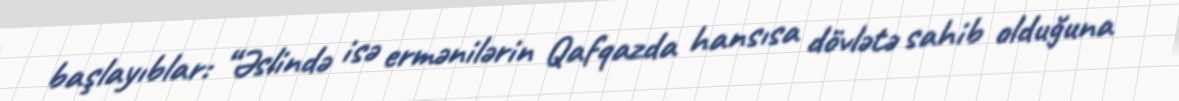
başlayıblar: “Əslində isə ermənilərin Qafqazda hansısa dövlətə sahib olduğuna